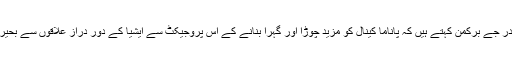
اس حوالے سے کرولی میری ٹائم کارپوریشن نامی ادارے کے نائب صدر جے برکمن کہتے ہیں کہ پاناما کینال کو مزید چوڑا اور گہرا بنانے کے اس پروجیکٹ سے ایشیا کے دور دراز علاقوں سے بحیرہء کیریبئن کے علاقے تک تجارت پر خوش آئند اثرات مرتب ہوں گے۔